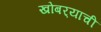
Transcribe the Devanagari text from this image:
खोबर्‍याची